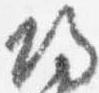
帰